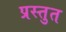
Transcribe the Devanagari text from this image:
प्रस्‍तुत